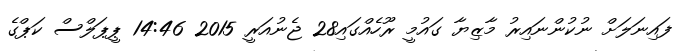
ފައިނަލަށް ނުކުންނައިރު މާޒިޔާ ގައުމީ ރޫހެއްގައި28 ޖެނުއަރީ 2015 14:46 ޕީޕަލްސް ކަޕްގެ